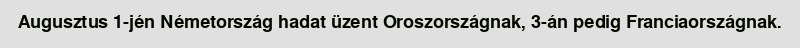
Augusztus 1-jén Németország hadat üzent Oroszországnak, 3-án pedig Franciaországnak.